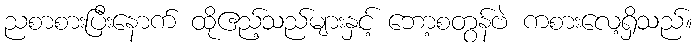
ညစာစားပြီးနောက် ထိုဧည့်သည်များနှင့် ဘော့စတွန်ဗဲ ကစားလေ့ရှိသည်။